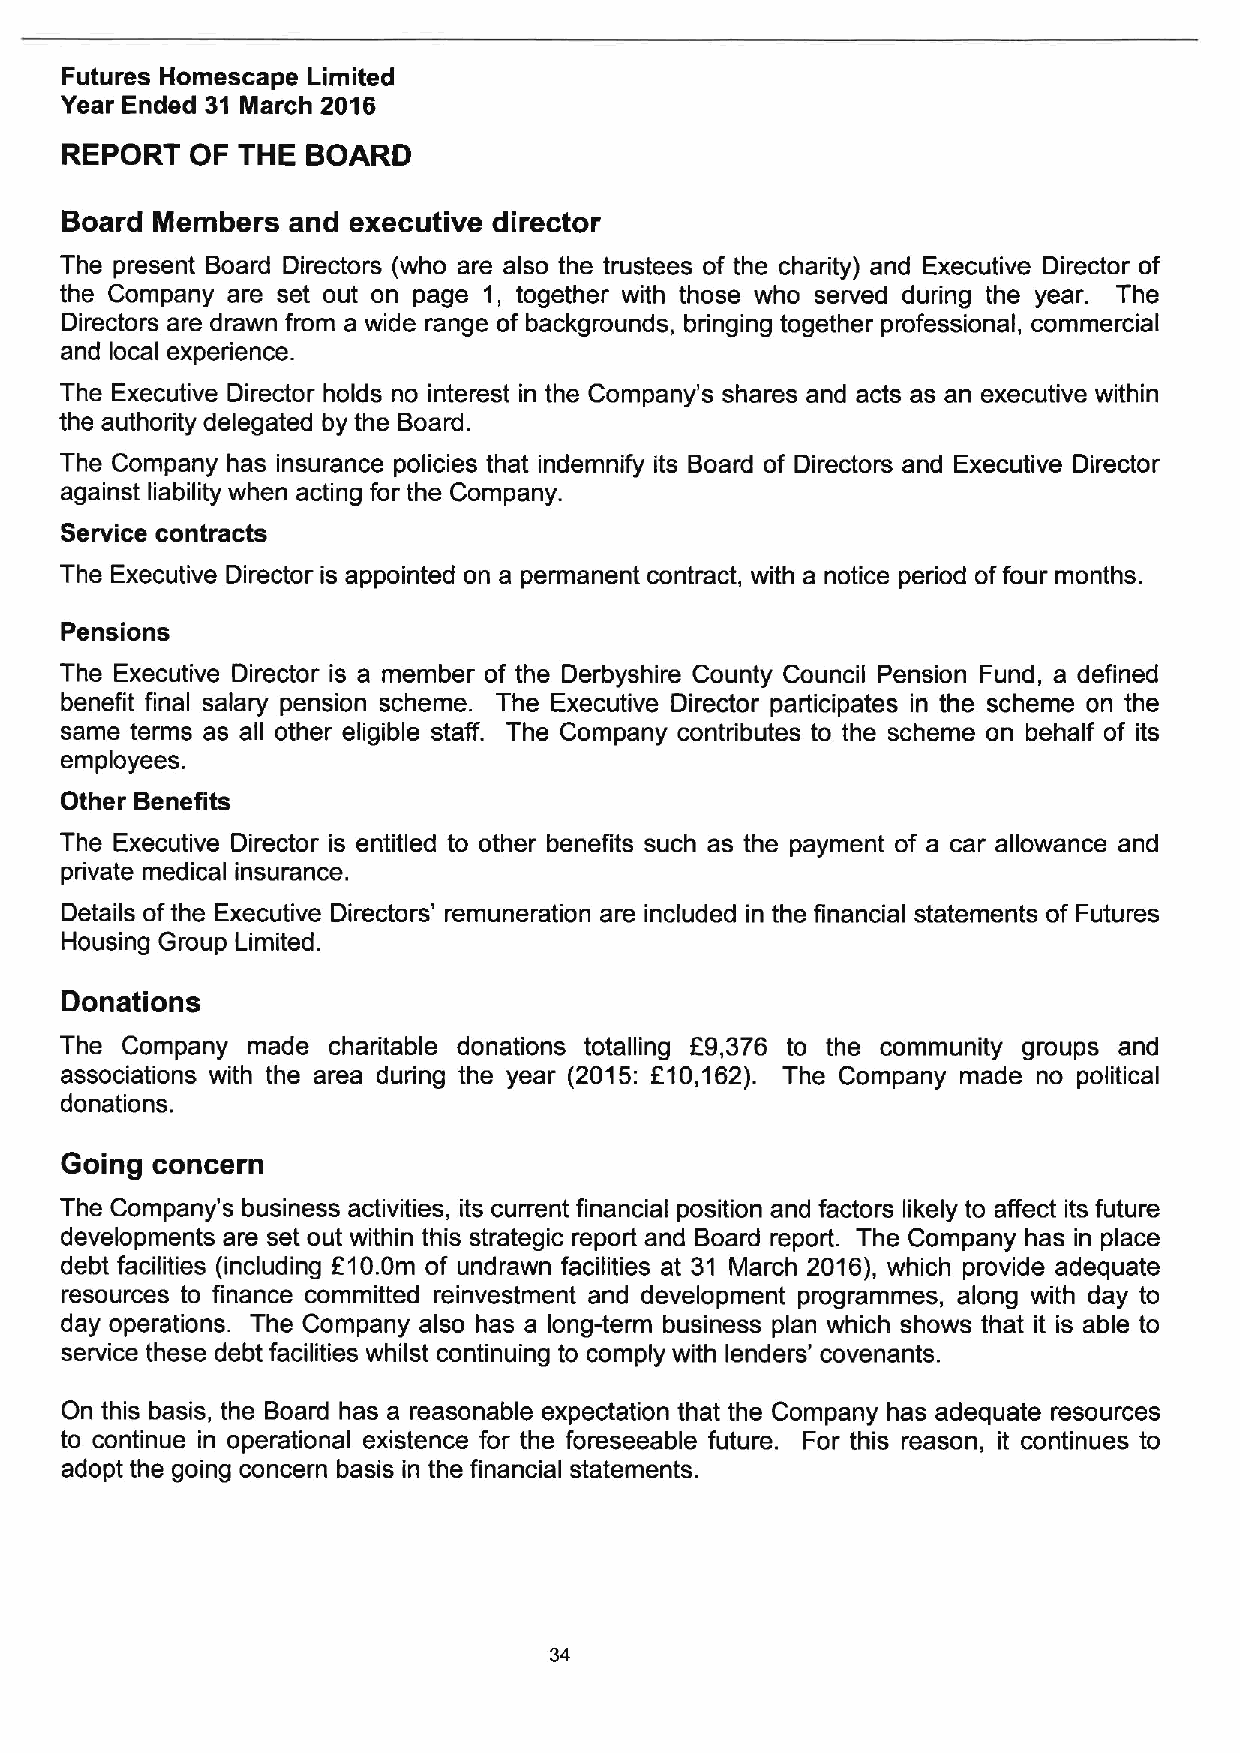
Futures Homescape Limited
 Year Ended 31 March 2016
 REPORT   OF THE BOARD
 Board Members  and executive director
 The present Board Directors (who are also the trustees of the charity) and Executive Director of
 the Company are set out on page 1, together with those who served during the year. The
 Directors are drawn from a wide range of backgrounds, bringing together professional, commercial
 and local experience.
 The Executive Director holds no interest in the Company's shares and acts as an executive within
 the authority delegated by the Board.
 The Company has insurance policies that indemnify its Board of Directors and Executive Director
 against liability when acting for the Company.
 Service contracts
 The Executive Director is appointed on a permanent contract, with a notice period offour months.
 Pensions
 The Executive Director is a member of the Derbyshire County Council Pension Fund, a defined
 benefit final salary pension scheme. The Executive Director participates in the scheme on the
 same terms as all other eligible staff. The Company contdibutes to the scheme on behalf of its
 employees.
 Other Benefits
 The Executive Director is entitled to other benefits such as the payment of a car allowance and
 private medical insurance.
 Details ofthe Executive Directors' remuneration are included in the financial statements of Futures
 Housing Group Limited.
 Donations
 The Company made  charitable donations totalling F9,376 to the community groups and
 associations with the area during the year (2015: f10,162). The Company made no political
 donations.
 Going concern
 The Company's business activities, its current financial position and factors likely to affect its future
 developments are set out within this strategic report and Board report. The Company has in place
 debt facilities (including f10. 0m of undrawn facilities at 31 March 2016), which provide adequate
 resources to finance committed reinvestment and development programmes, along with day to
 day operations. The Company also has a long-term business plan which shows that it is able to
 service these debt facilities whilst continuing to comply with lenders' covenants.
 On this basis, the Board has a reasonable expectation that the Company has adequate resources
 to continue in operational existence for the foreseeable future. For this reason, it continues to
 adopt the going concern basis in the financial statements.
 34